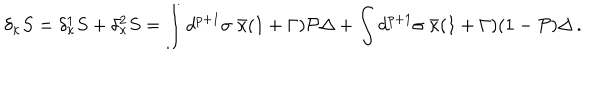
\delta _ { \kappa } S = \delta _ { \kappa } ^ { 1 } S + \delta _ { \kappa } ^ { 2 } S = \int d ^ { p + 1 } \sigma \; \bar { \kappa } ( 1 + \Gamma ) { \cal P } \Delta + \int d ^ { p + 1 } \sigma \; \bar { \kappa } ( 1 + \Gamma ) ( 1 - { \cal P } ) \Delta \, .